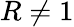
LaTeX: R\neq 1